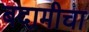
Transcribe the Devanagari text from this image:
बदामीचा